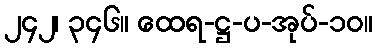
၂၄၂၊ ၃၄၆။ ထေရ-ဋ္ဌ-ပ-အုပ်-၁၀။